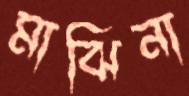
মাঝিনা